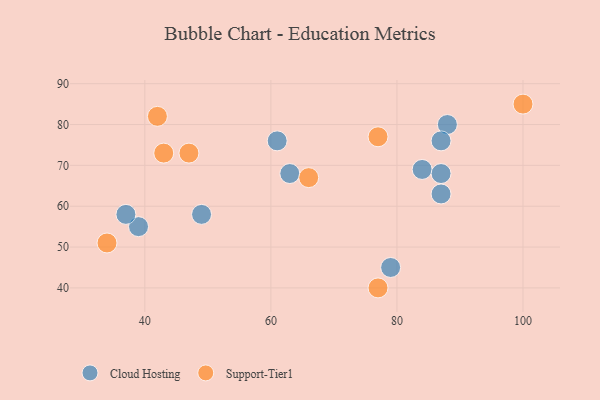
{"axis": {"x": "GDP", "y": "Life Expectancy"}, "legend": ["Cloud Hosting", "Support-Tier1"], "data": [{"x": "79", "y": 45, "type": "Cloud Hosting"}, {"x": "84", "y": 69, "type": "Cloud Hosting"}, {"x": "87", "y": 68, "type": "Cloud Hosting"}, {"x": "61", "y": 76, "type": "Cloud Hosting"}, {"x": "63", "y": 68, "type": "Cloud Hosting"}, {"x": "39", "y": 55, "type": "Cloud Hosting"}, {"x": "88", "y": 80, "type": "Cloud Hosting"}, {"x": "87", "y": 63, "type": "Cloud Hosting"}, {"x": "37", "y": 58, "type": "Cloud Hosting"}, {"x": "49", "y": 58, "type": "Cloud Hosting"}, {"x": "87", "y": 76, "type": "Cloud Hosting"}, {"x": "77", "y": 77, "type": "Support-Tier1"}, {"x": "42", "y": 82, "type": "Support-Tier1"}, {"x": "100", "y": 85, "type": "Support-Tier1"}, {"x": "77", "y": 40, "type": "Support-Tier1"}, {"x": "43", "y": 73, "type": "Support-Tier1"}, {"x": "66", "y": 67, "type": "Support-Tier1"}, {"x": "34", "y": 51, "type": "Support-Tier1"}, {"x": "47", "y": 73, "type": "Support-Tier1"}]}